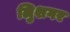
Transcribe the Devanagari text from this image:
लुिशगर